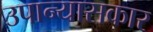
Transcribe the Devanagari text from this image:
उपान्यासकार